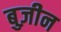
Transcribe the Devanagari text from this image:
बुज़ीन